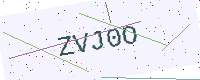
Text: ZVJ0O